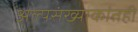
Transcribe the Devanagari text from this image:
अल्पसंख्याकांतही